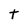
Character: t